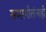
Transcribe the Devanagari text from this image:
समरगीतांनाही